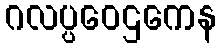
ဂလပ္ပဝေဌကေန